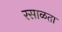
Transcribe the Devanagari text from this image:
रसाळता